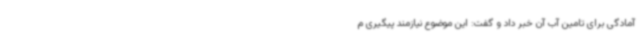
آمادگی برای تامین آب آن خبر داد و گفت: این موضوع نیازمند پیگیری م